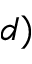
d )